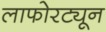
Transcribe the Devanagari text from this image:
लाफोरट्यून